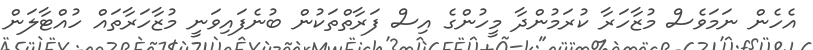
އެހެން ނަމަވެސް މުޒާހަރާ ކުރަމުންދާ މީހުންގެ އިސް ފަރާތްތަކުން ބުނެފައިވަނީ މުޒާހަރާތައް ހުއްޓާލަން